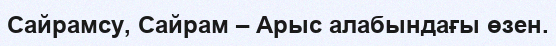
Сайрамсу, Сайрам – Арыс алабындағы өзен.